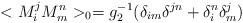
LaTeX: \begin{align*}<M_i^j M_m^n>_0 = g_2^{-1} (\delta _{im}\delta ^{jn} +\delta _i^n\delta _m^j) \end{align*}